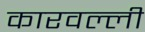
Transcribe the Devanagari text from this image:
कारवल्ली